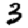
Digit: 3